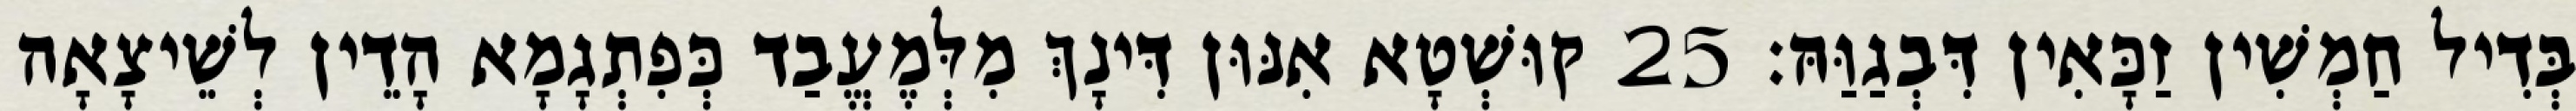
בְּדִיל חַמְשִׁין זַכָּאִין דִּבְגַוַּהּ׃ 25 קוּשְׁטָא אִנּוּן דִּינָךְ מִלְּמֶעֱבַד כְּפִתְגָמָא הָדֵין לְשֵׁיצָאָה